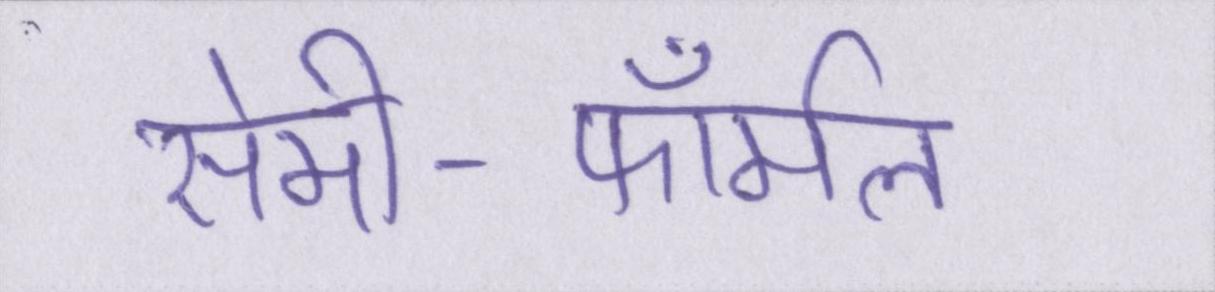
सेमी-फॉर्मल